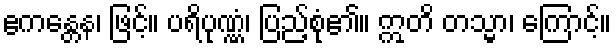
ဧကန္တေန၊ ဖြင့်။ ပရိပုဏ္ဏံ၊ ပြည့်စုံ၏။ ဣတိ တသ္မာ၊ ကြောင့်။